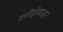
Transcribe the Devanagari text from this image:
क्लैड्रीबाइन